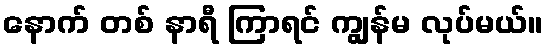
နောက် တစ် နာရီ ကြာရင် ကျွန်မ လုပ်မယ်။